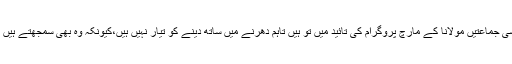
اب جبکہ صرف مولانا کے پاس سٹریٹ پاور نظر آ رہی ہے تو دیگر بڑی سیاسی جماعتیں مولانا کے مارچ پروگرام کی تائید میں تو ہیں تاہم دھرنے میں ساتھ دینے کو تیار نہیں ہیں،کیونکہ وہ بھی سمجھتے ہیں کہ اگر دھرنا کامیاب ہو جاتا ہے تو اس کامیابی کا سہرا کس کے سر سجے گا۔